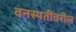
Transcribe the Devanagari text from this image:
वनस्पतींवरील